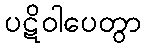
ပဋိဝါပေတွာ